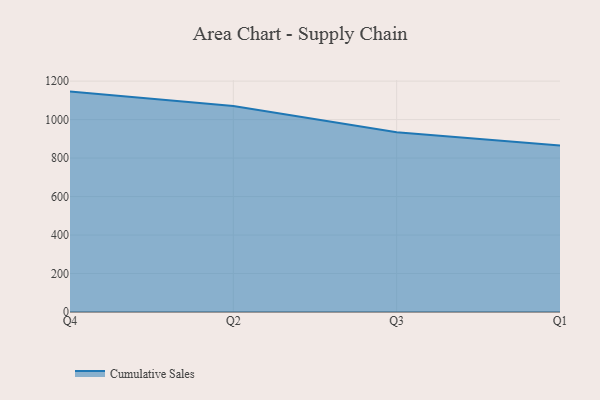
{"axis": {"x": "Quarter", "y": "Operating Costs (USD K)"}, "legend": ["Cumulative Sales"], "data": [{"x": "Q4", "y": 1145.5, "type": "Cumulative Sales"}, {"x": "Q2", "y": 1070.1, "type": "Cumulative Sales"}, {"x": "Q3", "y": 933.9, "type": "Cumulative Sales"}, {"x": "Q1", "y": 865.1, "type": "Cumulative Sales"}]}